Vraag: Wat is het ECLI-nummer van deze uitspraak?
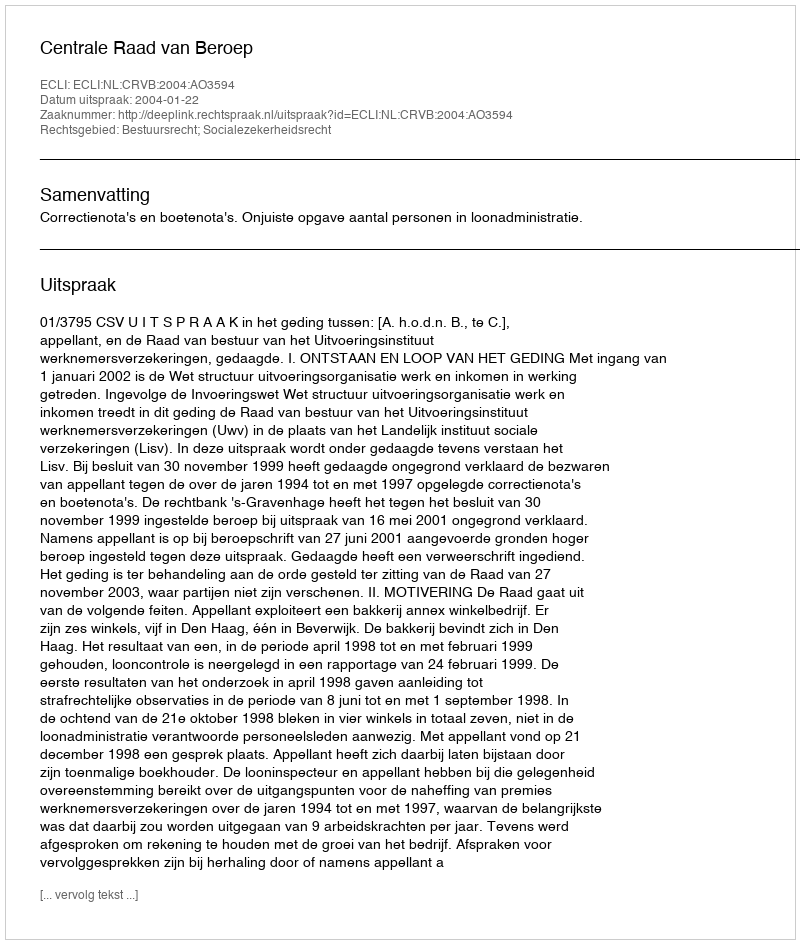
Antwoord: ECLI:NL:CRVB:2004:AO3594